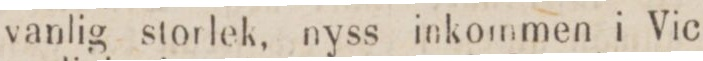
vanlig storlek, nyss inkommen i Vic